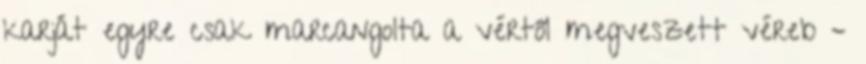
karját egyre csak marcangolta a vértől megveszett véreb –